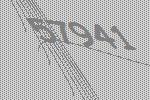
57941